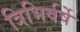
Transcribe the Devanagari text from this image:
त्रिभिर्वर्षे